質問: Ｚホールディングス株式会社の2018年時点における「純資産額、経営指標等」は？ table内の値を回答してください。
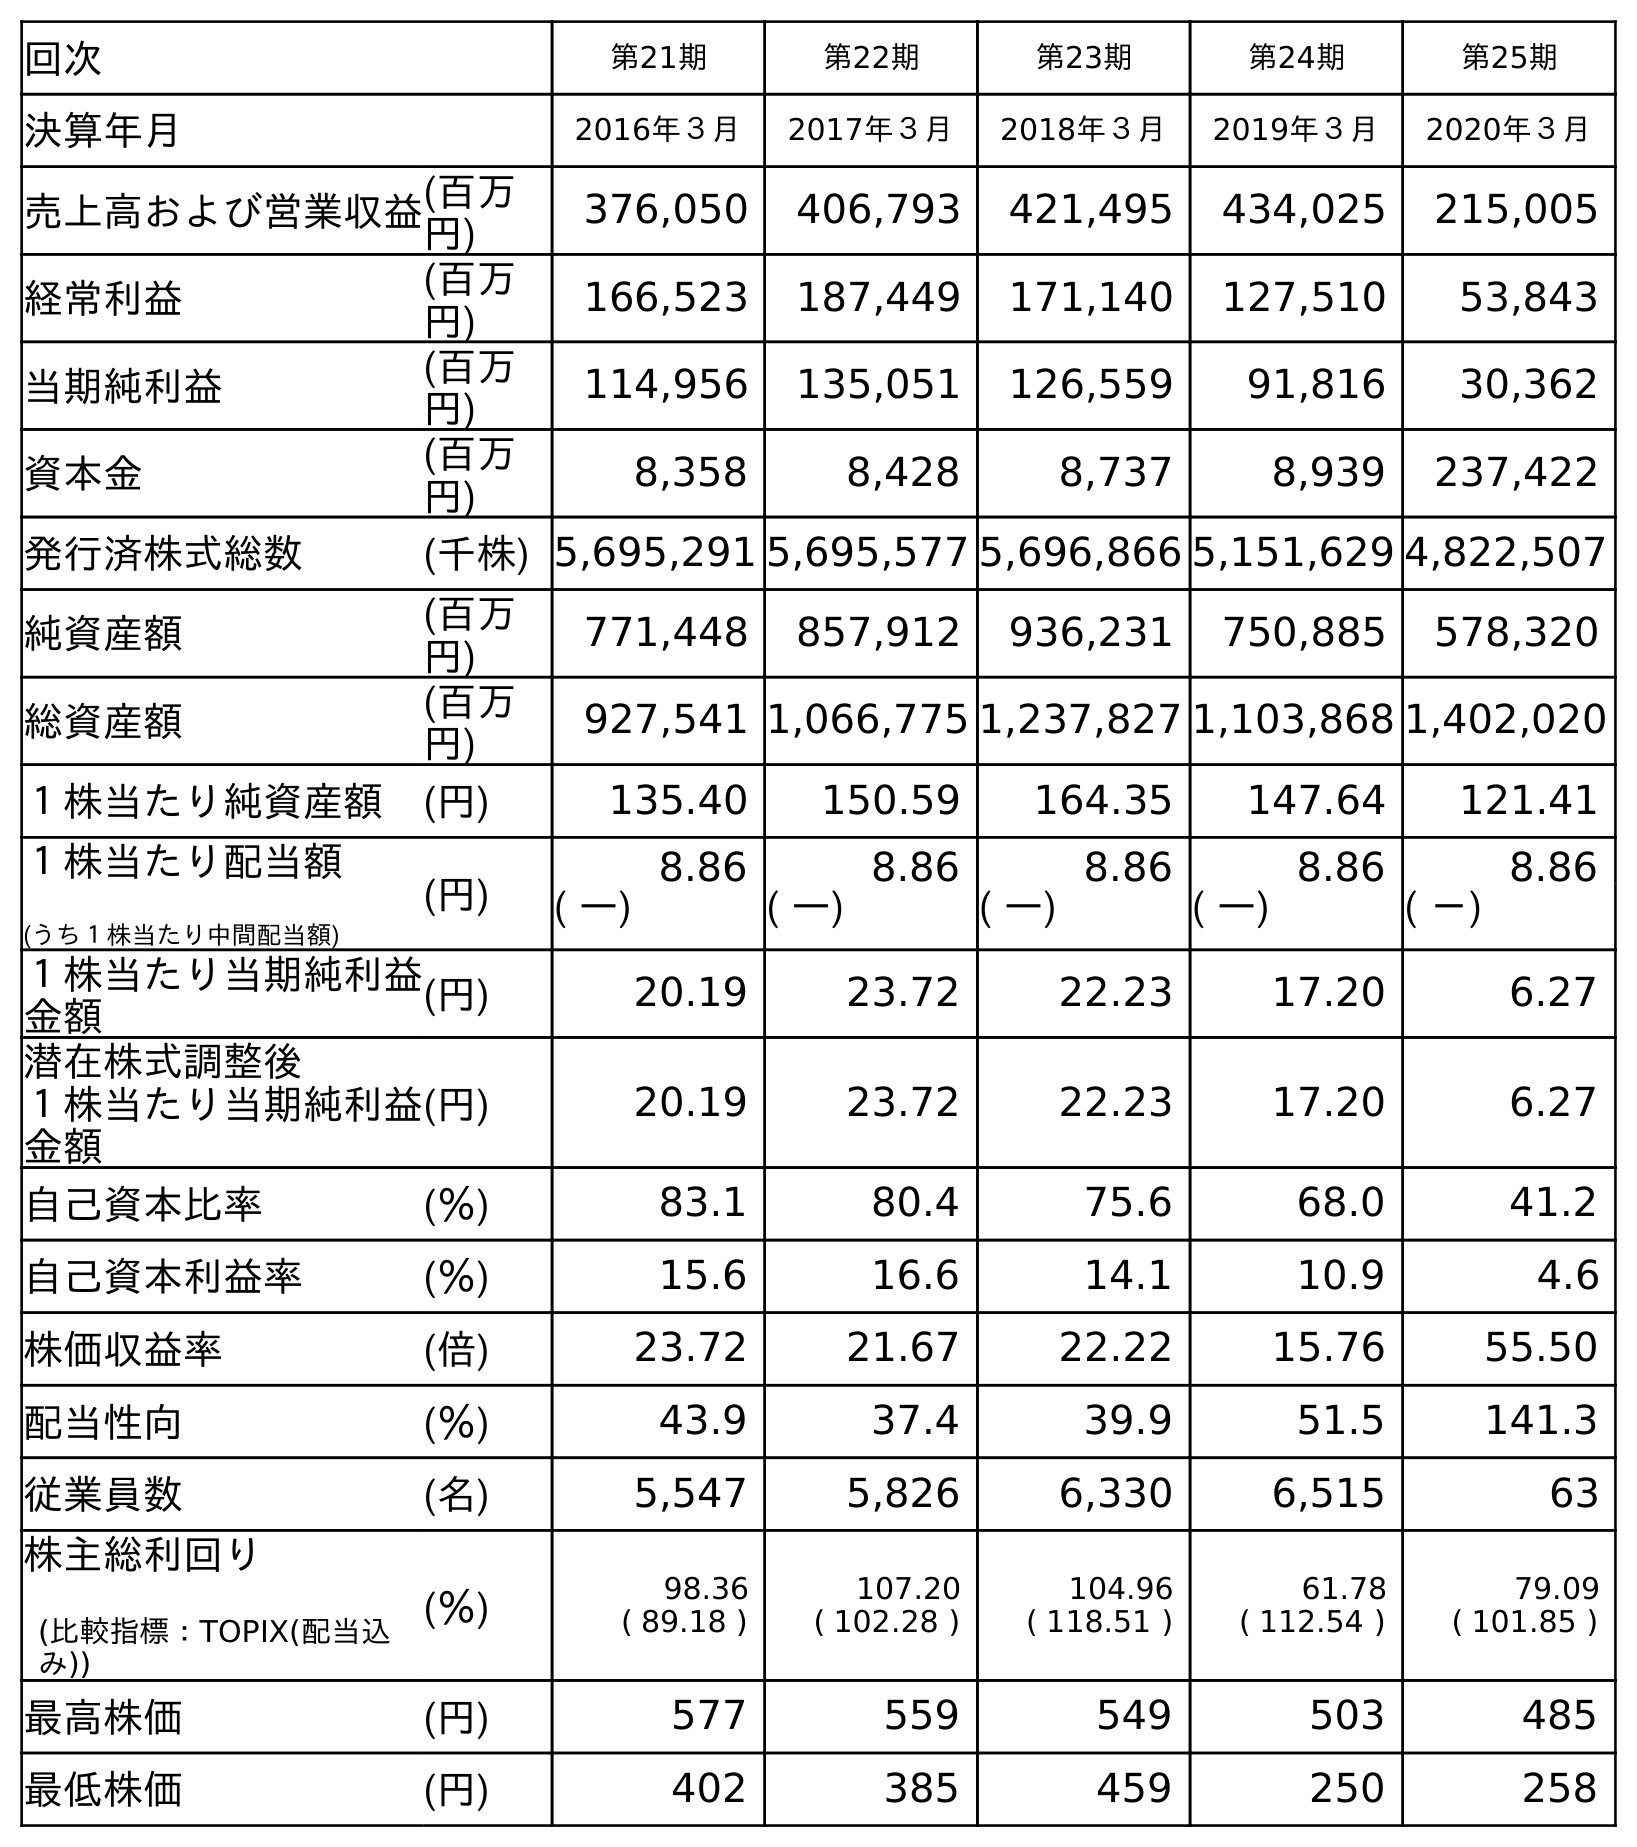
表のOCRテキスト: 回次 第21期 第22期 第23期 第24期 第25期 決算年月 2016年３月 2017年３月 2018年３月 2019年３月 2020年３月 売上高および営業収益(百万 円) 376,050 406,793 421,495 434,025 215,005 経常利益 (百万 円) 166,523 187,449 171,140 127,510 53,843 当期純利益 (百万 円) 114,956 135,051 126,559 91,816 30,362 資本金 (百万 円) 8,358 8,428 8,737 8,939 237,422 発行済株式総数 (千株) 5,695,291 5,695,577 5,696,866 5,151,629 4,822,507 純資産額 (百万 円) 771,448 857,912 936,231 750,885 578,320 総資産額 (百万 円) 927,541 1,066,775 1,237,827 1,103,868 1,402,020 １株当たり純資産額 (円) 135.40 150.59 164.35 147.64 121.41 １株当たり配当額 (うち１株当たり中間配当額) (円) 8.86 8.86 8.86 8.86 8.86 ( ―) ( ―) ( ―) ( ―) ( －) １株当たり当期純利益 金額 (円) 20.19 23.72 22.23 17.20 6.27 潜在株式調整後 １株当たり当期純利益 金額 (円) 20.19 23.72 22.23 17.20 6.27 自己資本比率 (％) 83.1 80.4 75.6 68.0 41.2 自己資本利益率 (％) 15.6 16.6 14.1 10.9 4.6 株価収益率 (倍) 23.72 21.67 22.22 15.76 55.50 配当性向 (％) 43.9 37.4 39.9 51.5 141.3 従業員数 (名) 5,547 5,826 6,330 6,515 63 株主総利回り (比較指標：TOPIX(配当込 み)) (％) 98.36 ( 89.18 ) 107.20 ( 102.28 ) 104.96 ( 118.51 ) 61.78 ( 112.54 ) 79.09 ( 101.85 ) 最高株価 (円) 577 559 549 503 485 最低株価 (円) 402 385 459 250 258
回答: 936,231